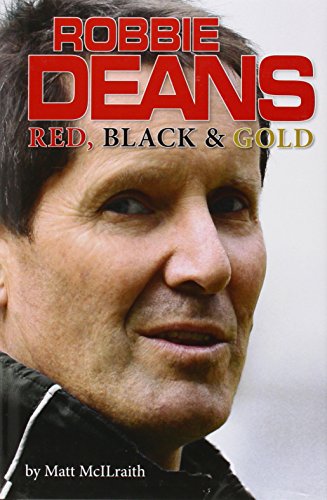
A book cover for Robbie Deans: Red, Black and Gold; Matt McIlraith; Sports & Outdoors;